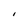
Character: I